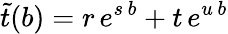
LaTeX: \tilde{t}(b)=r\, e^{s\, b}+t\, e^{u\, b}